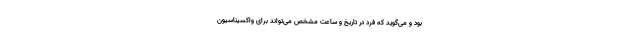
بود و می‌گوید که فرد در تاریخ و ساعت مشخص می‌تواند برای واکسیناسیون